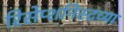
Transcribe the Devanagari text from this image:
रिसेप्शनिस्टच्या